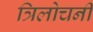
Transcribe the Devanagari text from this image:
त्रिलोचनी